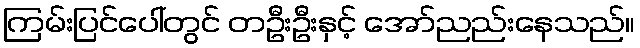
ကြမ်းပြင်ပေါ်တွင် တဦးဦးနှင့် အော်ညည်းနေသည်။